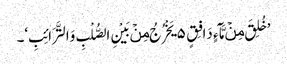
’خُلِقَ مِنۡ مَّآءٍ دَافِقٍ ۵ یَخْرُجُ مِنۡ بَیْنِ الصُّلْبِ وَالتَّرَائِبِ‘۔